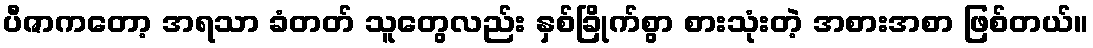
ပီဇာကတော့ အရသာ ခံတတ် သူတွေလည်း နှစ်ခြိုက်စွာ စားသုံးတဲ့ အစားအစာ ဖြစ်တယ်။